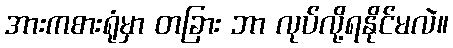
အားကစားရုံမှာ တခြား ဘာ လုပ်လို့ရနိုင်မလဲ။